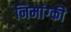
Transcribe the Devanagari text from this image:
निमांग्की